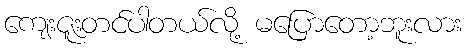
ကျေးဇူးတင်ပါတယ်လို့ မပြောတော့ဘူးလား